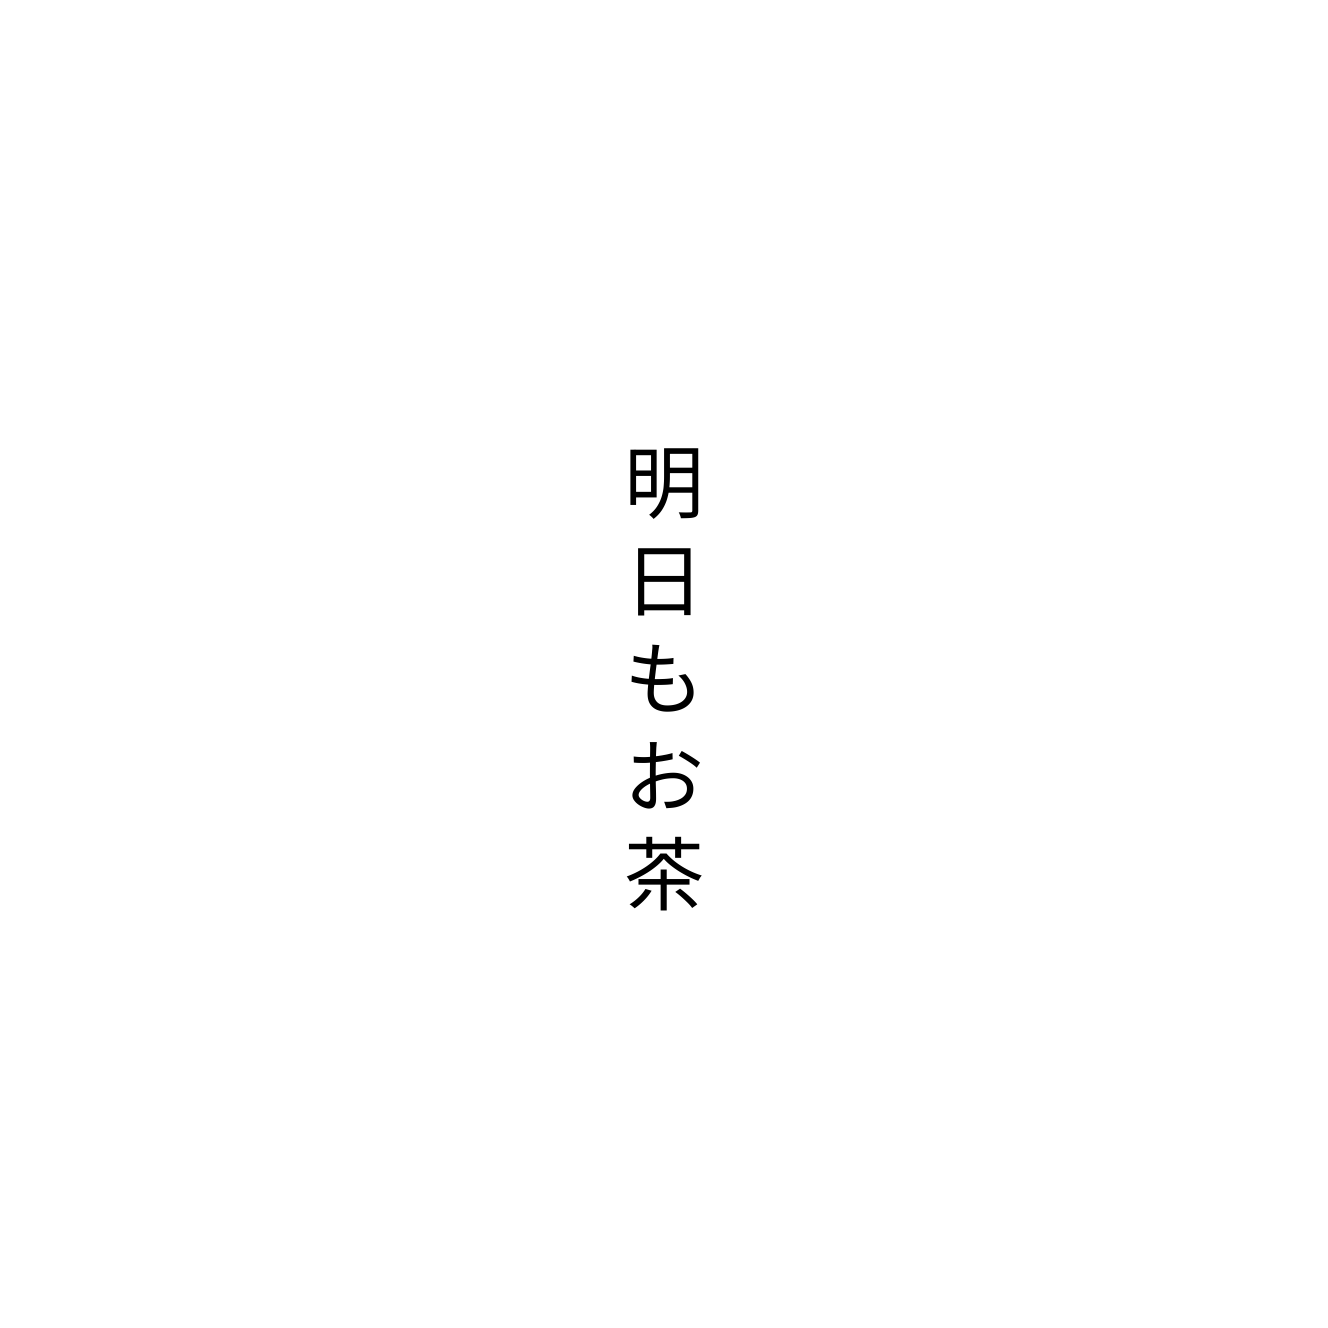
明日もお茶